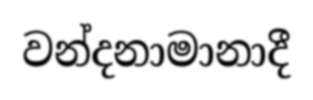
වන්දනාමානාදී